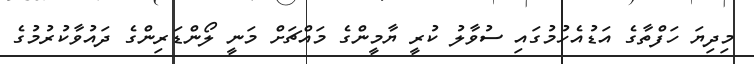
މިދިޔަ ހަފްތާގެ އަޑުއެހުމުގައި ސުވާލު ކުރީ ޔާމީންގެ މައްޗަށް މަނީ ލޯންޑަރިންގެ ދައުވާކުރުމުގެ